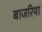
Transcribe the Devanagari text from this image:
बाजरिया